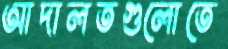
আদালতগুলোতে